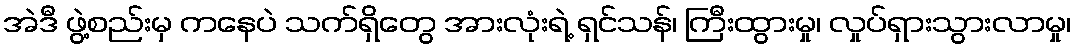
အဲဒီ ဖွဲ့စည်းမှ ကနေပဲ သက်ရှိတွေ အားလုံးရဲ့ ရှင်သန်၊ ကြီးထွားမှု၊ လှုပ်ရှားသွားလာမှု၊